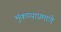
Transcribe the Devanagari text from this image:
भुंकण्याप्रमाणे